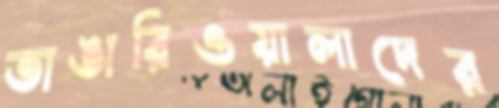
ভাঙারিওয়ালাদের